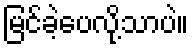
မြင်ခဲ့ပေလို့သာပဲ။